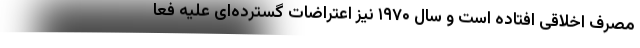
مصرف اخلاقی افتاده است و سال ۱۹۷۰ نیز اعتراضات گسترده‌ای علیه فعا